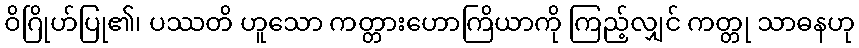
ဝိဂြိုဟ်ပြု၏၊ ပဿတိ ဟူသော ကတ္တားဟောကြိယာကို ကြည့်လျှင် ကတ္တု သာဓနဟု